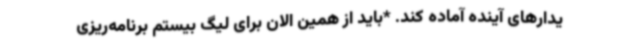
یدارهای آینده آماده کند. *باید از همین الان برای لیگ بیستم برنامه‌ریزی